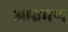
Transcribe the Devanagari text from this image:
आग्रमण